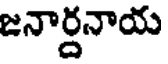
జనార్దనాయ